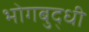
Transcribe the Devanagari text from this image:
भोगबुद्धी